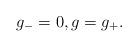
LaTeX: \begin{align*}g_- = 0,g = g_+.\end{align*}